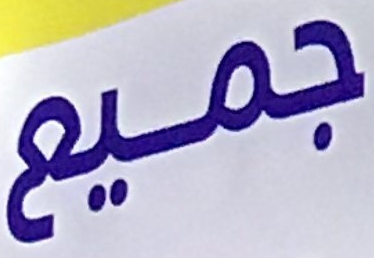
جميع